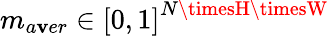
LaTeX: m_{a\mathbf{v}er}\in\left[0,1\right]^{N\timesH\timesW}